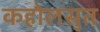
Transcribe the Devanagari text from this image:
कहोलसुत